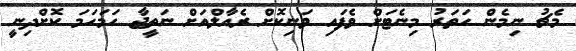
މެޗު ނިމެން ހަތަރު މިނެޓަށް ވެފައި ވަނިކޮށް ރެއާލްއަށް ނަތީޖާ ހަމަހަމަ ކޮށްދިނީ